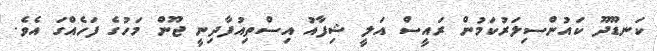
ކަނޑޫދޫ ކައުންސިލަރުކަމުން ރައީސް އަލީ ޝިފާއު އިސްތިއުފާދިނީ ޖޫން މަހުގެ ފަހެއްގަ އެވެ.